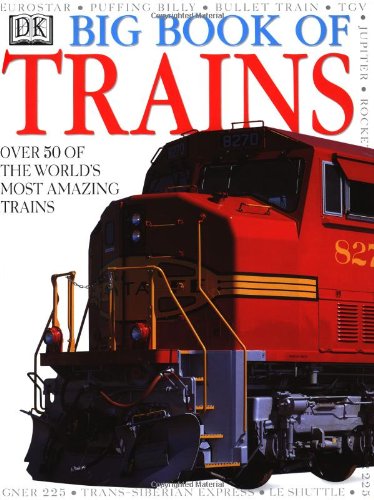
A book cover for Big Book Of Trains; National Railway Museum; Children's Books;